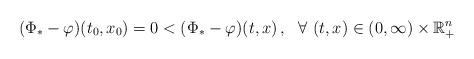
LaTeX: \begin{align*}({\Phi}_* - \varphi)(t_0,x_0) = 0 < ({\Phi}_* - \varphi)(t,x)\,, \ \ \forall\ (t,x)\in (0,\infty) \times \mathbb{R}_{+}^n \end{align*}